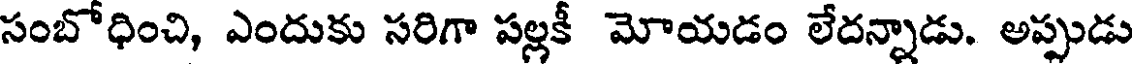
సంబోధించి, ఎందుకు సరిగా పల్లకీ మోయడం లేదన్నాడు. అప్పుడు